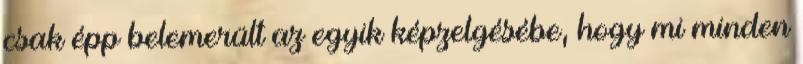
csak épp belemerült az egyik képzelgésébe, hogy mi minden